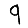
Digit: 9